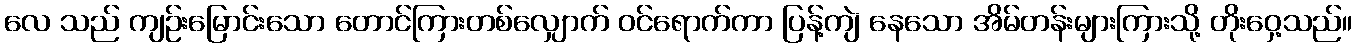
လေ သည် ကျဉ်းမြောင်းသော တောင်ကြားတစ်လျှောက် ဝင်ရောက်ကာ ပြန့်ကျဲ နေသော အိမ်တန်းများကြားသို့ တိုးဝှေ့သည်။